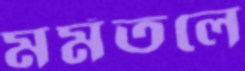
মর্মতলে